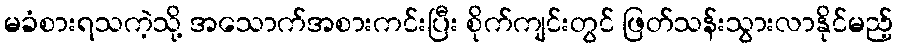
မခံစားရသကဲ့သို့ အသောက်အစားကင်းပြီး စိုက်ကျင်းတွင် ဖြတ်သန်းသွားလာနိုင်မည့်